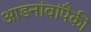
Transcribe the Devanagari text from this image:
आडनांवांपैकी